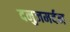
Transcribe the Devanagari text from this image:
दनुजमर्दन